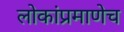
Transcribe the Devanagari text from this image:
लोकांप्रमाणेच